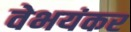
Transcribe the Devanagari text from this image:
वेभयंकर